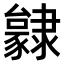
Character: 𨾃